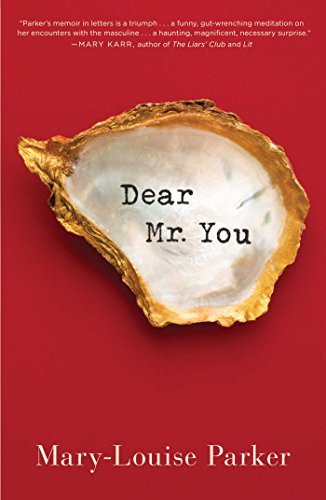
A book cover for Dear Mr. You; Mary -Louise Parker; Humor & Entertainment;